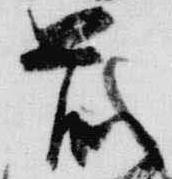
前